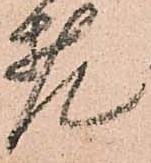
老